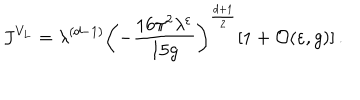
LaTeX: J ^ { V _ { L } } = \lambda ^ { ( d - 1 ) } \left( - \frac { 1 6 \pi ^ { 2 } \lambda ^ { \varepsilon } } { 1 5 g } \right) ^ { \frac { d + 1 } { 2 } } [ 1 + { \cal O } ( \varepsilon , g ) ] \, .